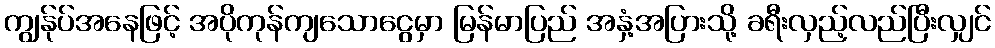
ကျွန်ုပ်အနေဖြင့် အပိုကုန်ကျသောငွေမှာ မြန်မာပြည် အနှံ့အပြားသို့ ခရီးလှည့်လည်ပြီးလျှင်